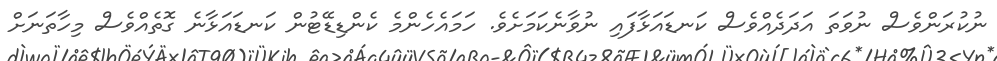
ނުކުރަންވެސް ނުވަތަ އަދަދެއްވެސް ކަނޑައަޅާފައި ނުވާނެކަމަށެވެ. ހަމައެހެންމެ ކެންޑިޑޭޓުން ކަނޑައަޅާނެ ގޮތެއްވެސް މިހާތަނަށް